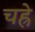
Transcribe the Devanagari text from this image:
चह्रे